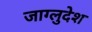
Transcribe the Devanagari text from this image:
जाग्लुदेश